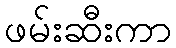
ဖမ်းဆီးကာ